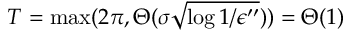
T = \operatorname* { m a x } ( 2 \pi , \Theta ( \sigma \sqrt { \log { 1 / \epsilon ^ { \prime \prime } } } ) ) = \Theta ( 1 )